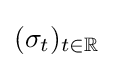
(\sigma _{t})_{t\in \mathbb {R} }